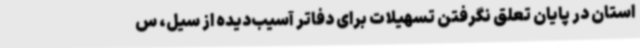
استان در پایان تعلق نگرفتن تسهیلات برای دفاتر آسیب‌دیده از سیل، س